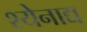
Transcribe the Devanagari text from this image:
श्येनाद्य